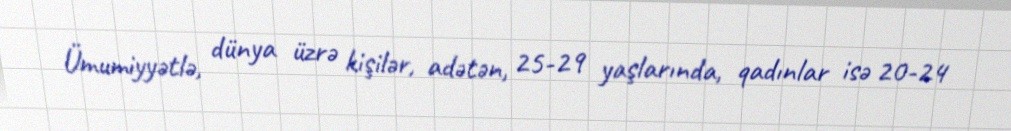
Ümumiyyətlə, dünya üzrə kişilər, adətən, 25-29 yaşlarında, qadınlar isə 20-24